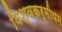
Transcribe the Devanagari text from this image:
विश्वकर्मीयम